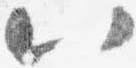
八